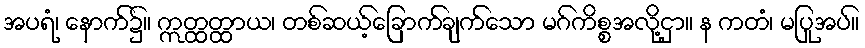
အပရံ၊ နောက်၌။ ဣတ္ထတ္ထာယ၊ တစ်ဆယ့်ခြောက်ချက်သော မဂ်ကိစ္စအလို့ငှာ။ န ကတံ၊ မပြုအပ်။